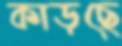
কাড়ছে